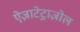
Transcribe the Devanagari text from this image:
ऐज़ाटेट्राज़ोल